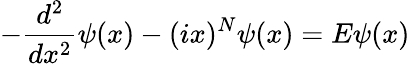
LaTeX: -\frac{d^{2}}{dx^{2}}\psi(x)-(ix)^{N}\psi(x)=E\psi(x)